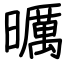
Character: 曞